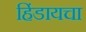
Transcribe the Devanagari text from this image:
हिंडायचा